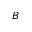
B